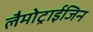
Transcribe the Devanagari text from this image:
लैमोट्राईजिन